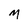
Character: M